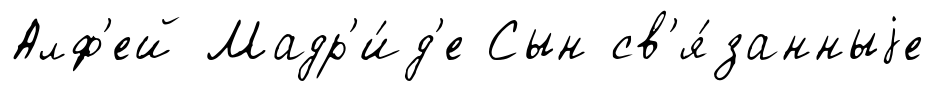
Алф'ей Мадр'и́д'е Сын св'я́занныjе